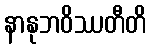
နာနုဘဝိဿတီတိ